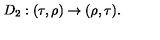
D _ { 2 } : ( \tau , \rho ) \to ( \rho , \tau ) .